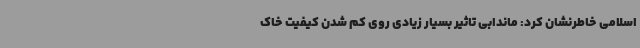
اسلامی خاطرنشان کرد: ماندابی تاثیر بسیار زیادی روی کم شدن کیفیت خاک